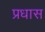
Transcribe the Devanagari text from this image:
प्रधास